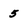
Character: 5